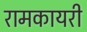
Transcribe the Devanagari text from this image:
रामकायरी